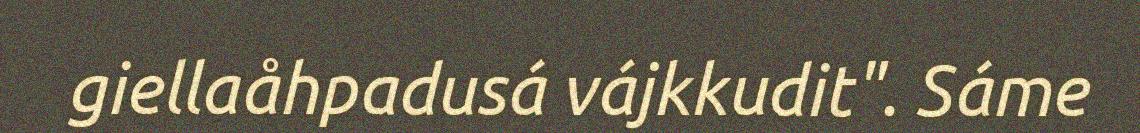
giellaåhpadusá vájkkudit". Sáme